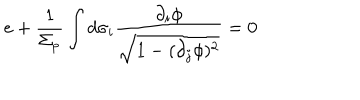
e + \frac { 1 } { \Sigma _ { p } } \int d \sigma _ { i } \frac { \partial _ { i } \phi } { \sqrt { 1 - ( \partial _ { j } \phi ) ^ { 2 } } } = 0